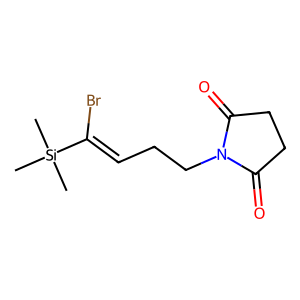
SMILES: C[Si](C)(C)C(Br)=CCCN1C(=O)CCC1=O
Inhibits HIV replication: No